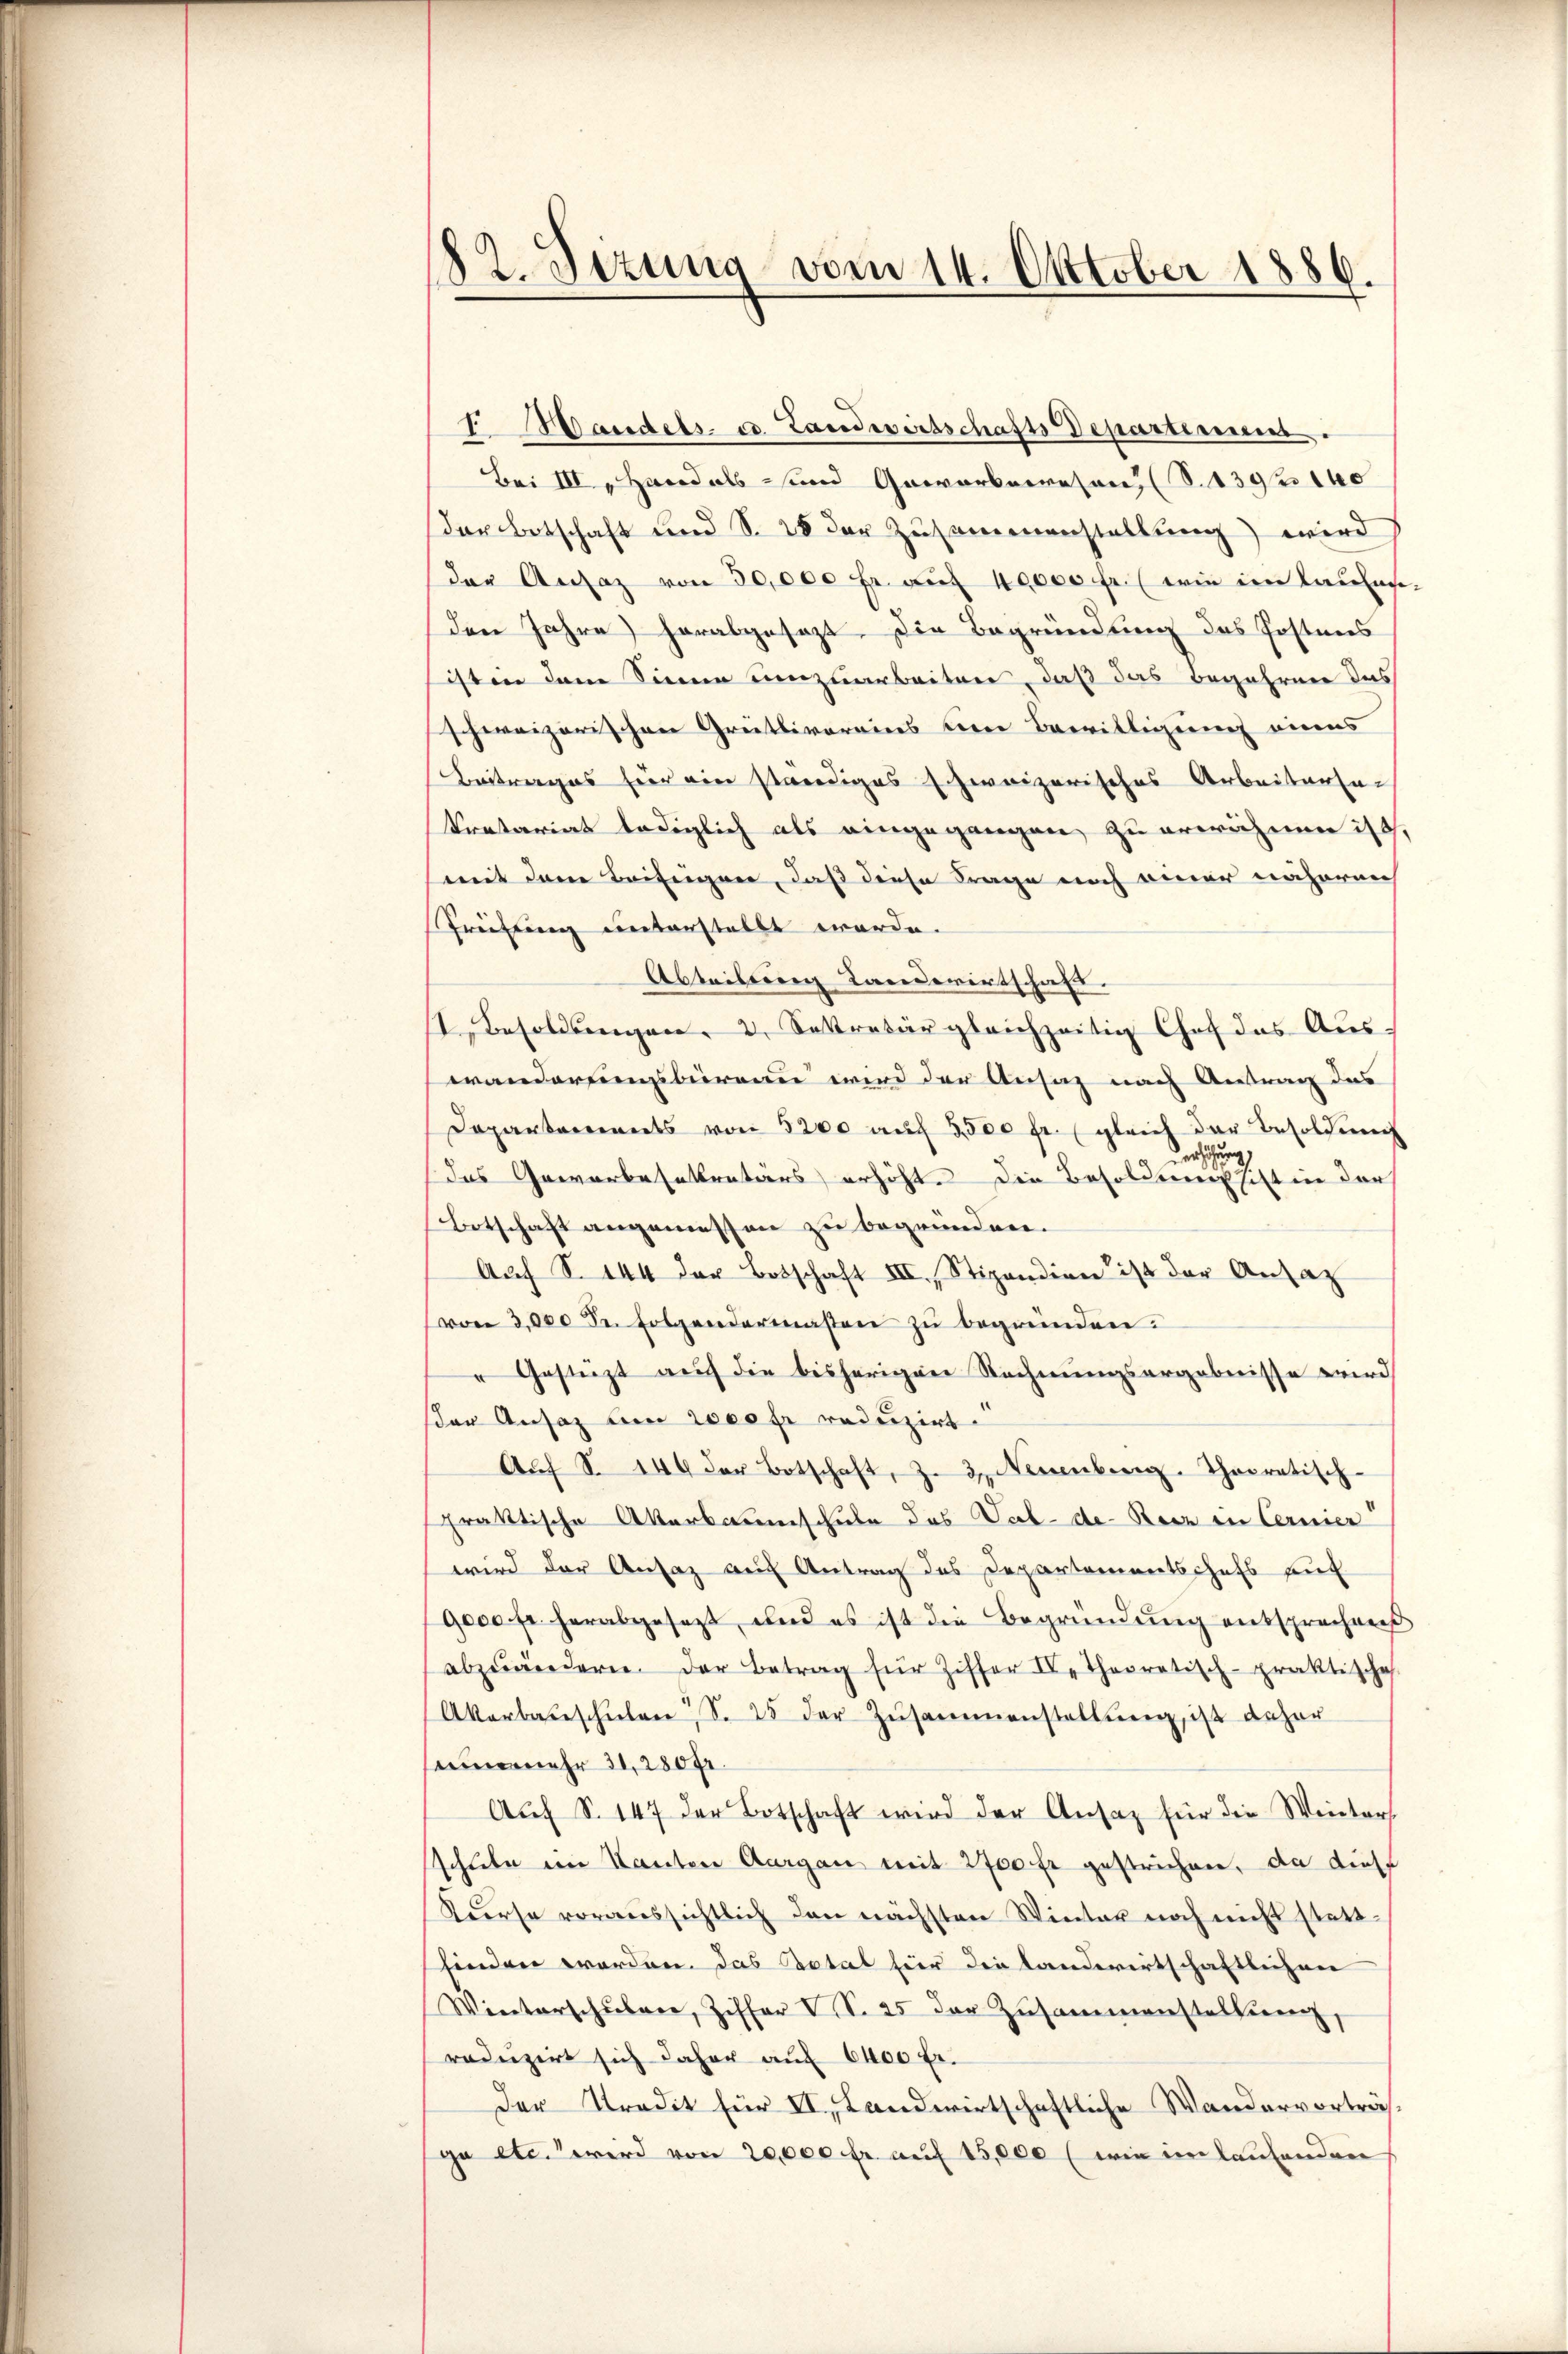
¬
dt. Sizung vom 14. Oktober 1886.

I. Wandels- u. Landwirtschafts Departimes.
Bei III. Hand als und Geworbeeresen (S. 139 f 140
der Botschaft und S. 28 der Zusammenstellung) wird
der Ansaz von 30,000 fr. auf 40000 fr. (wie im Kaulasden Jahre herabgesezt. Die Begründung des Postens
isten dem Sinne umzuarbeiten, daß das Begehren das
schweizerischen Greitlivereins eine Bewilligung einens
Beitrages für ein ständiges schweizerisches Arbeitersa
Pretariat lediglich als eingegangen zu erwähnen ist,
mit dem Beifügen, daß diese Frage noch einer nähereich
Prüfung unterstellt worde.
Abteilung Landerirtschaft.
1 Besoldungen. 2. Sekretär gleichzeitig Chof das Auswänderungsbüreau wird der Ansiz nach Antrag des
Departements von 5200 auf 5,500 fr. (gleich der Besoldung
erhöhung
Das Gewerbesekretärs erhöhte die Besoldung sist in darf
Botschaft angemessen zu begründen.
Auf S. 144 der Botschaft III., Stipendien ist der Ansatz
von 3,000 Fr. folgendermassen zŭ begründen.
"Gestüzt auf die bisherigen Rechnungsergebnisse wird
der Ansatz bin 2000 fr reduzirt.
Aŭf S. 144 der Botschaft, z. 3. Neuenburg-Thocratisch-
praktische Akerbaumschule das Vol-de- Reiz in Cernier
wird der Ansaz auf Antrag des Departementschefs auf
9000 fr. herabgesetzt, und es ist die Begründŭng entsprechen
abzuändern der Betrag für Ziffer IV. Theoretisch-praktische
Akerbauschŭlen S. 25 der Zŭsammenstellŭng, ist daher
einermehr 31, 280 fr.
Auf S. 147 der Botschaft wird der Ansatz für die Winters
schule im Kanton Aargau mit 2700 fr gestrichen, da dies
Kurse voraussichtlich den nächsten Winter noch nicht stattfinden werden. Das Botal hier die landwirtschaftlichen
Winterschŭlen, Ziffer V S. 25 der Zusammenstalterenz,
reduzirt sich daher auf 6400 fr.
der Tradit für II, Landwirtschaftliche Wandervorträfgu etc. wird von 20,000 fr. auf 15,000 (wie im laufenden